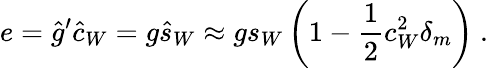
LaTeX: e=\hat{g}^{\prime}\hat{c}_{W}=g\hat{s}_{W}\approx gs_{W}\left(1-\frac{1}{2}c_{W}^{2}\delta_{m}\right)\ .